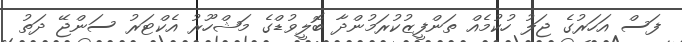
ފަސް އަހަރުގެ ޖަލު ހުކުމެއް ތަންފީޒުކުރަމުންދާ ބޮލީވުޑްގެ މަޝްހޫރު އެކްޓަރު ސަންޖޭ ދަތު